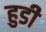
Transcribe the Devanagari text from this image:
हुडी